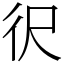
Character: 鿈